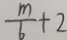
\frac { m } { 6 } + 2